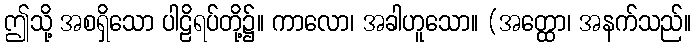
ဤသို့ အစရှိသော ပါဠိရပ်တို့၌။ ကာလော၊ အခါဟူသော။ (အတ္ထော၊ အနက်သည်။